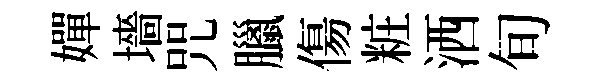
嬋墻咒臘傷粧洒旬